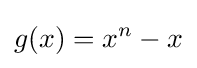
g(x)=x^{n}-x